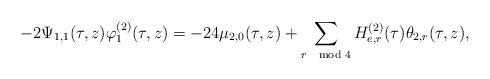
LaTeX: \begin{align*}-2\Psi_{1,1}(\tau,z)\varphi^{(2)}_1(\tau,z)=-24\mu_{2,0}(\tau,z)+\sum_{r\mod 4}H^{(2)}_{e,r}(\tau)\theta_{2,r}(\tau,z),\end{align*}